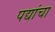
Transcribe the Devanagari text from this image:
पद्यांचा